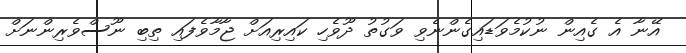
އޭނާ އެ ގެއިން ނުކުމެވަޑައިގެންނެވި ވަގުތު ދޫވެހި ކައިރިއަށް ޖާމާވެފައި ތިބި ނޫސްވެރިންނަށް